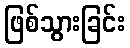
ဖြစ်သွားခြင်း